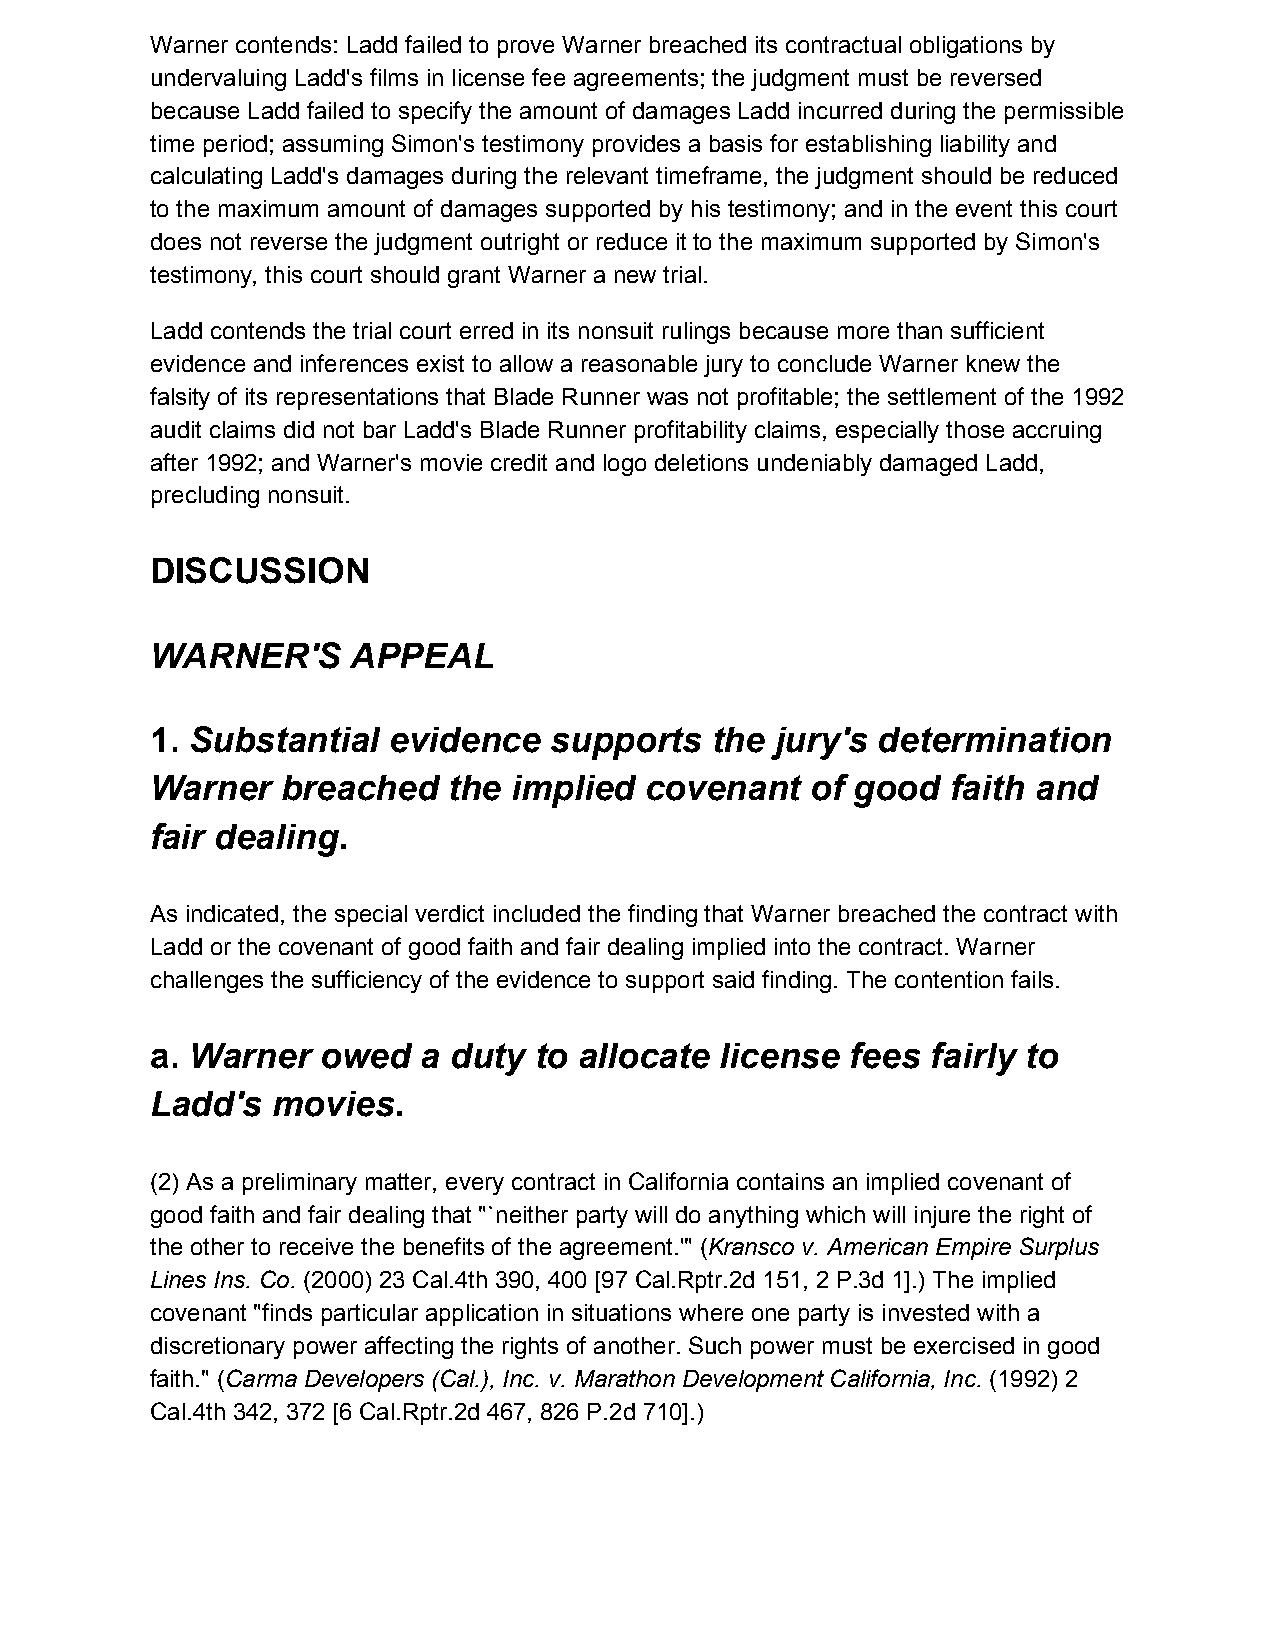
Warner contends: Ladd failed to prove Warner breached its contractual obligations by
 undervaluing Ladd's films in license fee agreements; the judgment must be reversed
 because Ladd failed to specify the amount of damages Ladd incurred during the permissible
 time period; assuming Simon's testimony provides a basis for establishing liability and
 calculating Ladd's damages during the relevant timeframe, the judgment should be reduced
 to the maximum amount of damages supported by his testimony; and in the event this court
 does not reverse the judgment outright or reduce it to the maximum supported by Simon's
 testimony, this court should grant Warner a new trial.
 Ladd contends the trial court erred in its nonsuit rulings because more than sufficient
 evidence and inferences exist to allow a reasonable jury to conclude Warner knew the
 falsity of its representations that Blade Runner was not profitable; the settlement of the 1992
 audit claims did not bar Ladd's Blade Runner profitability claims, especially those accruing
 after 1992; and Warner's movie credit and logo deletions undeniably damaged Ladd,
 precluding nonsuit.
 DISCUSSION
 WARNER'S     APPEAL
 1. Substantial  evidence   supports  the jury's determination
 ​
 Warner   breached   the implied  covenant   of good  faith and
 fair dealing.
 As indicated, the special verdict included the finding that Warner breached the contract with
 Ladd or the covenant of good faith and fair dealing implied into the contract. Warner
 challenges the sufficiency of the evidence to support said finding. The contention fails.
 a. Warner  owed   a duty to allocate  license fees  fairly to
 ​
 Ladd's  movies.
 (2) As a preliminary matter, every contract in California contains an implied covenant of
 good faith and fair dealing that "`neither party will do anything which will injure the right of
 the other to receive the benefits of the agreement.'" (Kransco v. American Empire Surplus
 ​
 Lines Ins. Co. (2000) 23 Cal.4th 390, 400 [97 Cal.Rptr.2d 151, 2 P.3d 1].) The implied
 ​
 covenant "finds particular application in situations where one party is invested with a
 discretionary power affecting the rights of another. Such power must be exercised in good
 faith." (Carma Developers (Cal.), Inc. v. Marathon Development California, Inc. (1992) 2
 ​                                                 ​
 Cal.4th 342, 372 [6 Cal.Rptr.2d 467, 826 P.2d 710].)